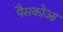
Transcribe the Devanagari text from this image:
पैसकोआ